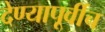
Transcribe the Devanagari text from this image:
देण्यापूर्वीच